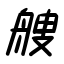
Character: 艘